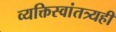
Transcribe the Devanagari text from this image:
व्यक्तिस्वांतत्र्यही